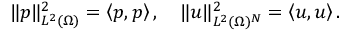
\| p \| _ { L ^ { 2 } ( \Omega ) } ^ { 2 } = \left\langle p , p \right\rangle , \quad \| u \| _ { L ^ { 2 } ( \Omega ) ^ { N } } ^ { 2 } = \left\langle u , u \right\rangle .